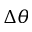
\Delta \theta